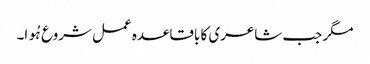
مگر جب شاعری کا باقاعدہ عمل شروع ہُوا۔